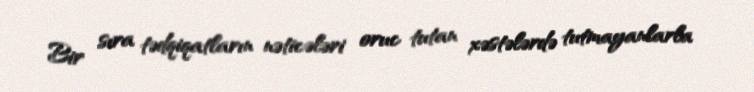
Bir sıra tədqiqatların nəticələri oruc tutan xəstələrdə tutmayanlarla